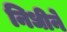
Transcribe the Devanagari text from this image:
निधीने